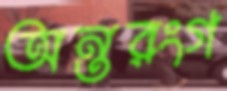
অন্তরংগ